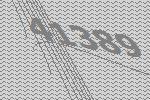
41389